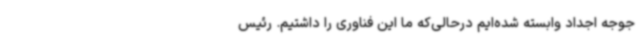
جوجه اجداد وابسته شده‌ایم درحالی‌که ما این فناوری را داشتیم. رئیس